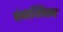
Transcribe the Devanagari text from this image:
पंचाशिख